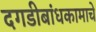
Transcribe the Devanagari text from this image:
दगडीबांधकामाचे